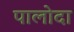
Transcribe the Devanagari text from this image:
पालोदा